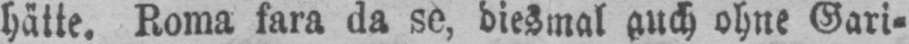
hätte. Roma fara da se, diesmal auch ohne Gari⸗